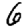
Digit: 6